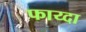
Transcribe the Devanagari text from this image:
फाय्दा